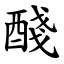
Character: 醆